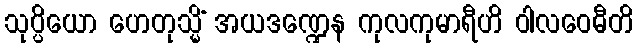
သုပ္ပိယော ဟေတုသ္မိံ အယဒဏ္ဍေန ကုလကုမာရီဟိ ဝါလဝေဓီတိ